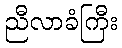
ညီလာခံကြီး